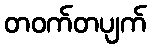
တဝက်တပျက်